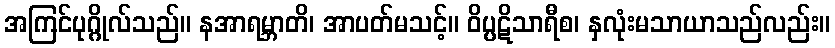
အကြင်ပုဂ္ဂိုလ်သည်။ နအာရမ္ဘာတိ၊ အာပတ်မသင့်။ ဝိပ္ပဋိသာရီစ၊ နှလုံးမသာယာသည်လည်း။